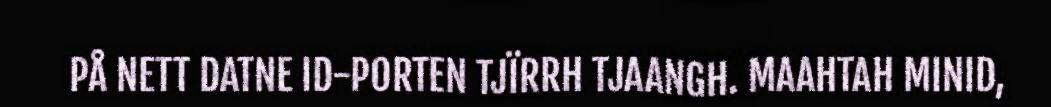
PÅ NETT DATNE ID-PORTEN TJÏRRH TJAANGH. MAAHTAH MINID,